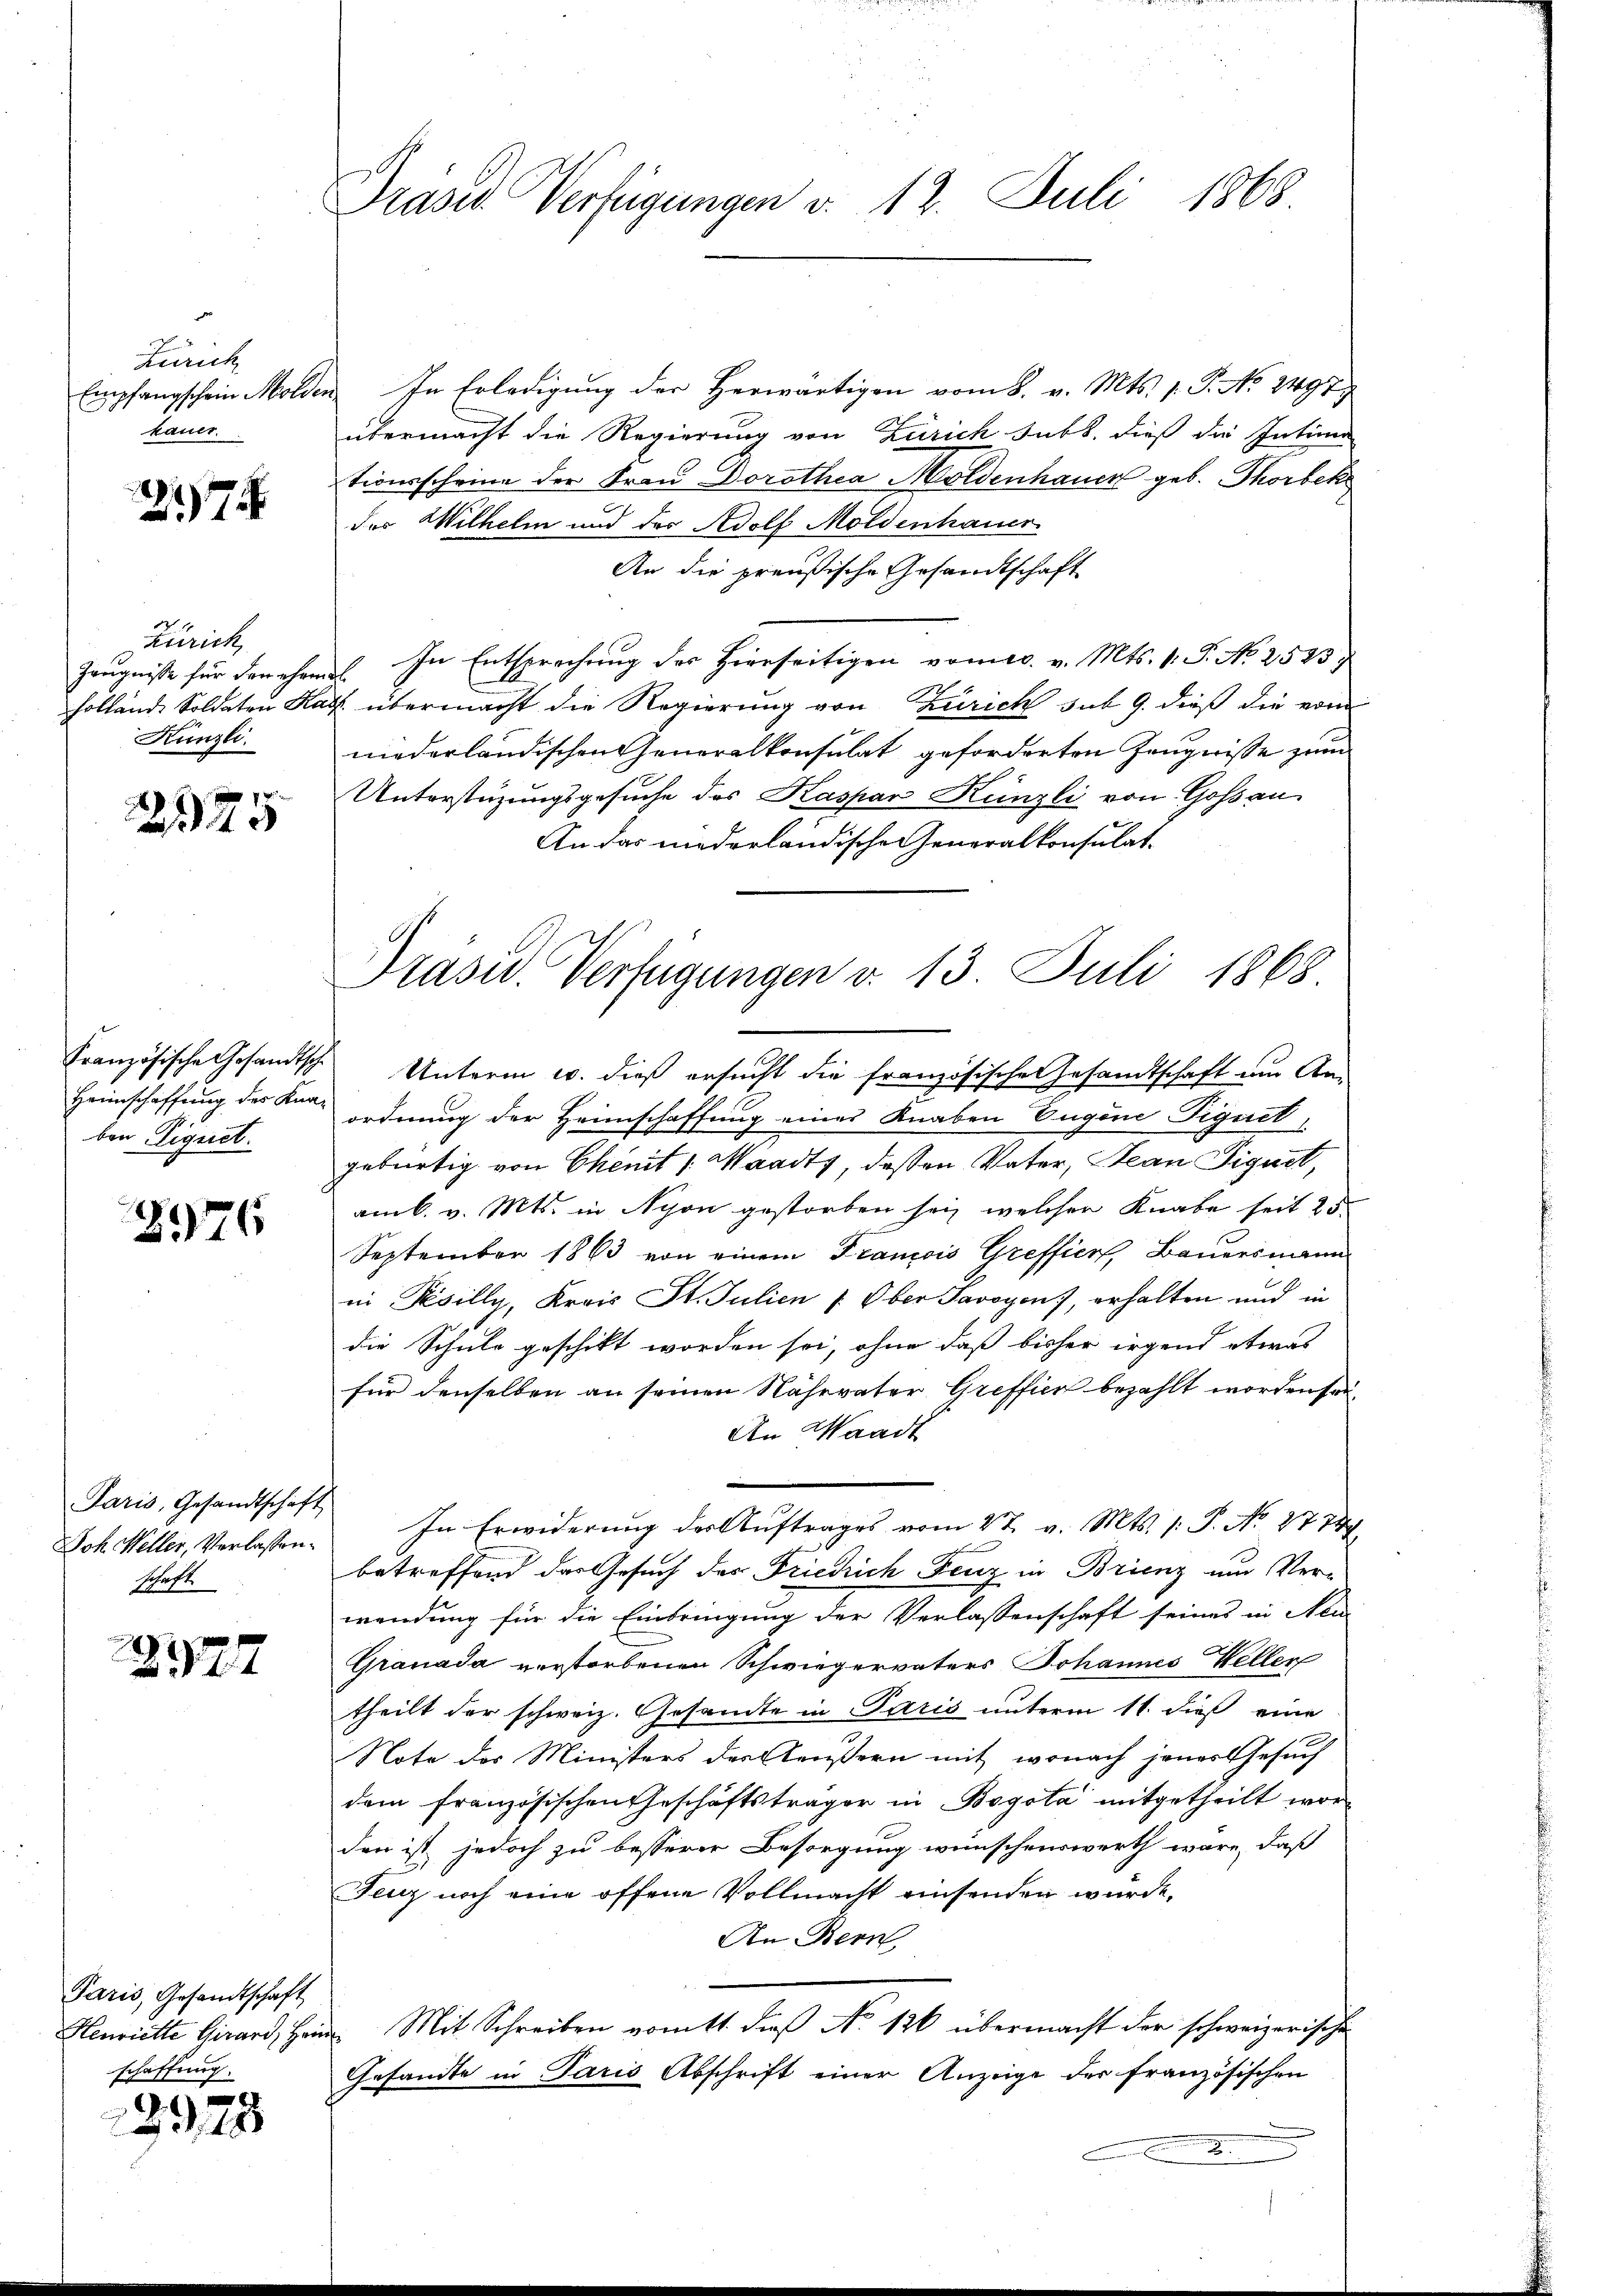
Zürich
Empfangschein Moli
kauer.

274

Zürich
Zeugnisse für den ehem
holländ. Soldaten Ka
Künzli.

2125

Französische Gesandtsche
Heimschaffung des Knaben Eignet.

276

Paris, Gesandtschaft
Joh. Meller, Verlassen.
schaft.

25777

Paris, Gesandtschaft
Henriette Girard, Hrn.
schaffung.

3978

Prasid. Verfügungen v. 12. Juli 1868

u. In Erledigung der Herwärtigen vom 8. v. Mts. 1. P. No. 2497.
übermacht die Regierung von Zürich subt. dieß die Intima
tionsscheine der Frau Dorothea Moldenhauer geb. Thorbek
des Wilhelm und des Adolf Moldenhauer
An die preußische Gesandtschaft
In Entsprechung des Hierseitigen vom 10. v. Mts. 1. P. No 2543
s
. übermacht die Regierung von Zürich sub 9. dieß die von
niederländischen Generalkonsulat geforderten Zeugnisse zum
Unterstüzungsgesuche des Kaspar Künzli von Goßau
An das niederländische eneralkonsulat.
Unterm 10. dieß ersucht die französische Gesandtschaft um An-
ordnung der Heimschaffung eines Knaben Eugene Figuel,
gebürtig von Ekenit (Waadty, dessen Vater, Stean Figuet,
am 6. v. Mts. in Nyon gestorben sei, welcher Knabe seit 25
September 1863 von einem Francois Greffiert, Bauersmann
in Pesilly, Kreis St. Julien /: Ober Savoyen), erhalten und in
die Schule geschikt worden sei, ohne daß bisher irgend etwas
für denselben an seinen Nährvater Greffier bezahlt worden sei,
An Waadt
In Erwiderung der Auftrages vom 27. v. Mts. 1. P. No 2774.
betreffend das Gesuch des Friedrich Fenz in Brienz um Verwendung für die Einbringung der Verlassenschaft seines in Neu
Granada verstorbenen Schwiegervaters Johannes Weller
theilt der schweiz. Gesandte in Paris unterm 11. dieß eine
Note des Ministers des Aeußern mit, wonach jener Gesuch
dem französischen Geschäftsträger in Bogota mitgetheilt wor
den ist jedoch zu besserer Besorgung wünschenswerth wäre, daß
Jez noch eine offene Vollmacht einsenden wurde.
An Bern
Mit Schreiben vom 11. dieß No 126 übermacht der schweizerische
f
Gesandte in Paris Abschrift einer Anzeige der französischen
2.

Prasw. Verfügungen v. 13 Juli 1868